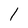
Character: l